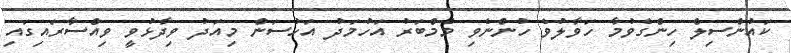
ކައުންސިލް ހިންގެވުމާ ހަވާލުވެ ހުންނެވި މެމްބަރު އަހުމަދު އަހުސަން މިއަދު ވިދާޅުވީ ވިއްސާރައިގައި